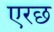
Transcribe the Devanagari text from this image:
एरछ